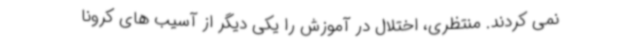
نمی کردند. منتظری، اختلال در آموزش را یکی دیگر از آسیب های کرونا